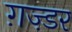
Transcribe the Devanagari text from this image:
ग़ज़्डर